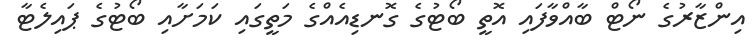
އިންޒާރުގެ ނޯޓް ބާއްވާފައި އޮތީ ބޯޓުގެ ގޮނޑިއެއްގެ މަތީގައި ކަމަށާއި ބޯޓުގެ ޕައިލެޓާ